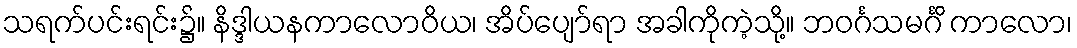
သရက်ပင်းရင်း၌။ နိဒ္ဒါယနကာလောဝိယ၊ အိပ်ပျော်ရာ အခါကိုကဲ့သို့။ ဘဝင်္ဂသမင်္ဂိ ကာလော၊